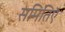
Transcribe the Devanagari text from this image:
समितिऍ